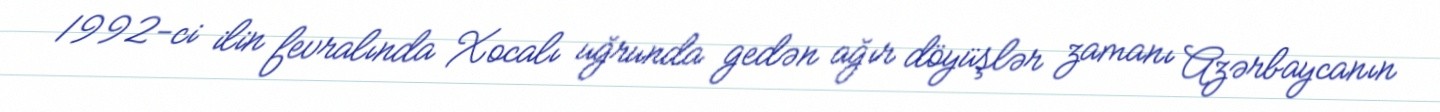
1992-ci ilin fevralında Xocalı uğrunda gedən ağır döyüşlər zamanı Azərbaycanın